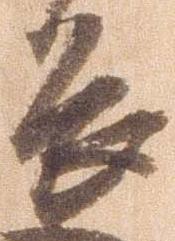
畏